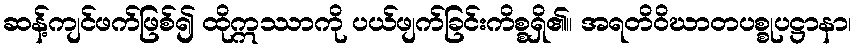
ဆန့်ကျင်ဖက်ဖြစ်၍ ထိုဣဿာကို ပယ်ဖျက်ခြင်းကိစ္စရှိ၏။ အရတိဝိဃာတပစ္စုပဋ္ဌာနာ၊